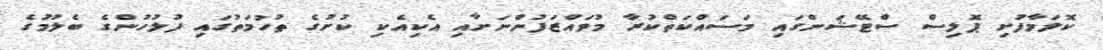
ކޮލަމާފުށި ޕޮލިސް ސްޓޭޝަންގައި މަސައްކަތްކުރާ މުވައްޒަފުންނަށާއި އެކިއެކި ކުށުގެ ތުހުމަތުގައި ފުލުހުުންގެ ބެލުމުގެ